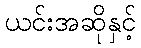
ယင်းအဆိုနှင့်